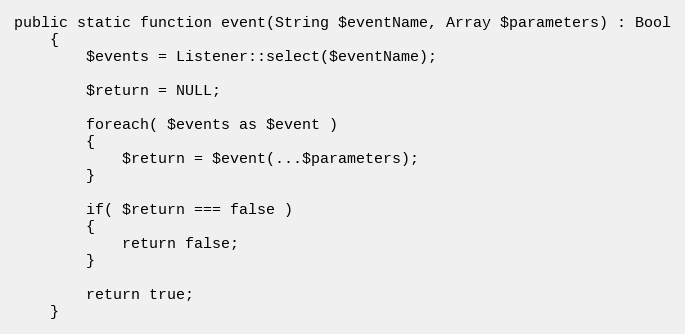
Language: PHP
public static function event(String $eventName, Array $parameters) : Bool
    {
        $events = Listener::select($eventName);

        $return = NULL;

        foreach( $events as $event )
        {
            $return = $event(...$parameters);
        }

        if( $return === false )
        {
            return false;
        }

        return true;
    }